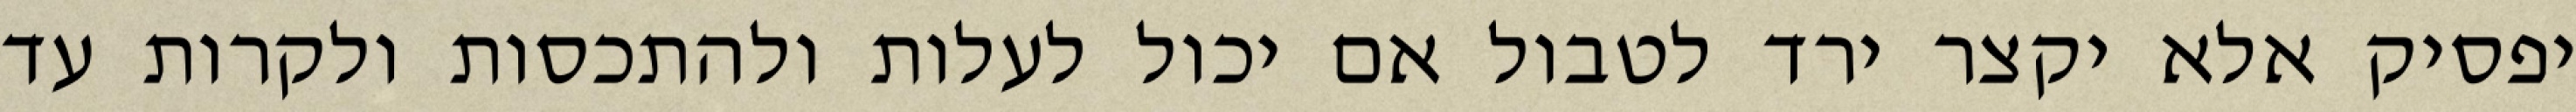
יפסיק אלא יקצר ירד לטבול אם יכול לעלות ולהתכסות ולקרות עד